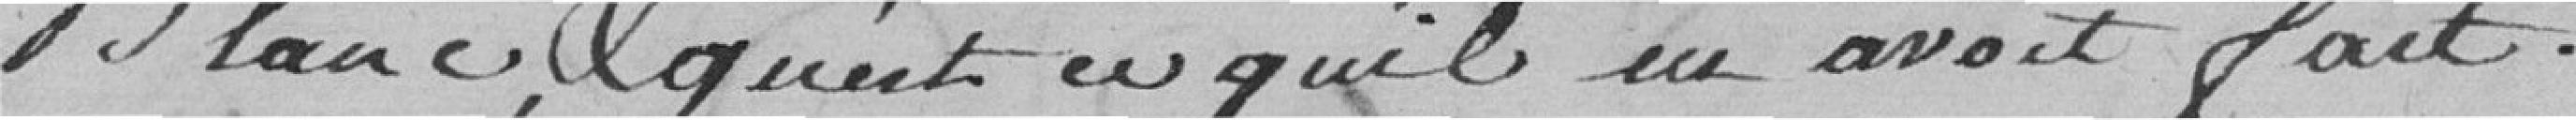
blanc, et ce qu'il en avait fait